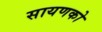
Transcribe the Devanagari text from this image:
सायणको